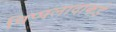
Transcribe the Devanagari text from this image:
पिप्पलादाकडे